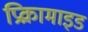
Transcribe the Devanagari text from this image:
प्रिक्रामाइड